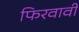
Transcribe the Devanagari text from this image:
फिरवावी